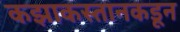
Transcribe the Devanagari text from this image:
कझाकस्तानकडून